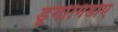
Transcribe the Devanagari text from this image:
डूगोंगिडाए